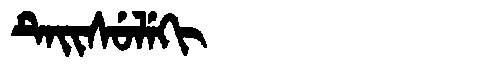
Manchu: ᡨᡝᡳᠰᡠᠯᡝᡴᡳ
Romanization: TEISULEKI